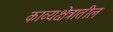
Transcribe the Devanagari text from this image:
काव्यक्षेत्रातील